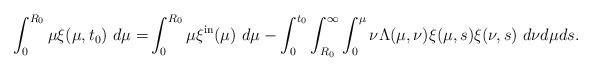
LaTeX: \begin{align*}\int_{0}^{R_{0}}\mu\xi(\mu,t_{0})\ d\mu=&\int_{0}^{R_{0}}\mu\xi^{\mathrm{in}}(\mu)\ d\mu-\int_{0}^{t_{0}}\int_{R_{0}}^{\infty}\int_{0}^{\mu}\nu\Lambda(\mu,\nu)\xi(\mu,s)\xi(\nu,s)\ d\nu d\mu ds.\end{align*}